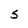
Character: S